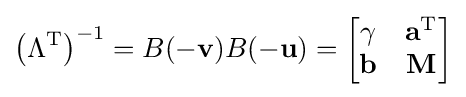
\left(\Lambda ^{\mathrm {T} }\right)^{-1}=B(-\mathbf {v} )B(-\mathbf {u} )={\begin{bmatrix}\gamma &\mathbf {a} ^{\mathrm {T} }\\\mathbf {b} &\mathbf {M} \end{bmatrix}}